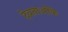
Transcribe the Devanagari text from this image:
देवताओंके